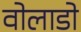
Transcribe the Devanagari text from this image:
वोलाडो